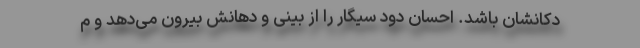
دکانشان باشد. احسان دود سیگار را از بینی و دهانش بیرون می‌دهد و م